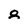
Character: 8